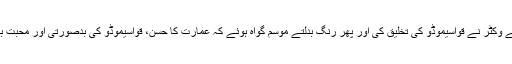
عمارت کی عظمت کو اجاگر کرنے کے لئے وکٹر نے قواسیموڈو کی تخلیق کی اور پھر رنگ بدلتے موسم گواہ ہوئے کہ عمارت کا حسن، قواسیموڈو کی بدصورتی اور محبت بھرا دل رہتے زمانوں کے لیے امر ہو گئے۔